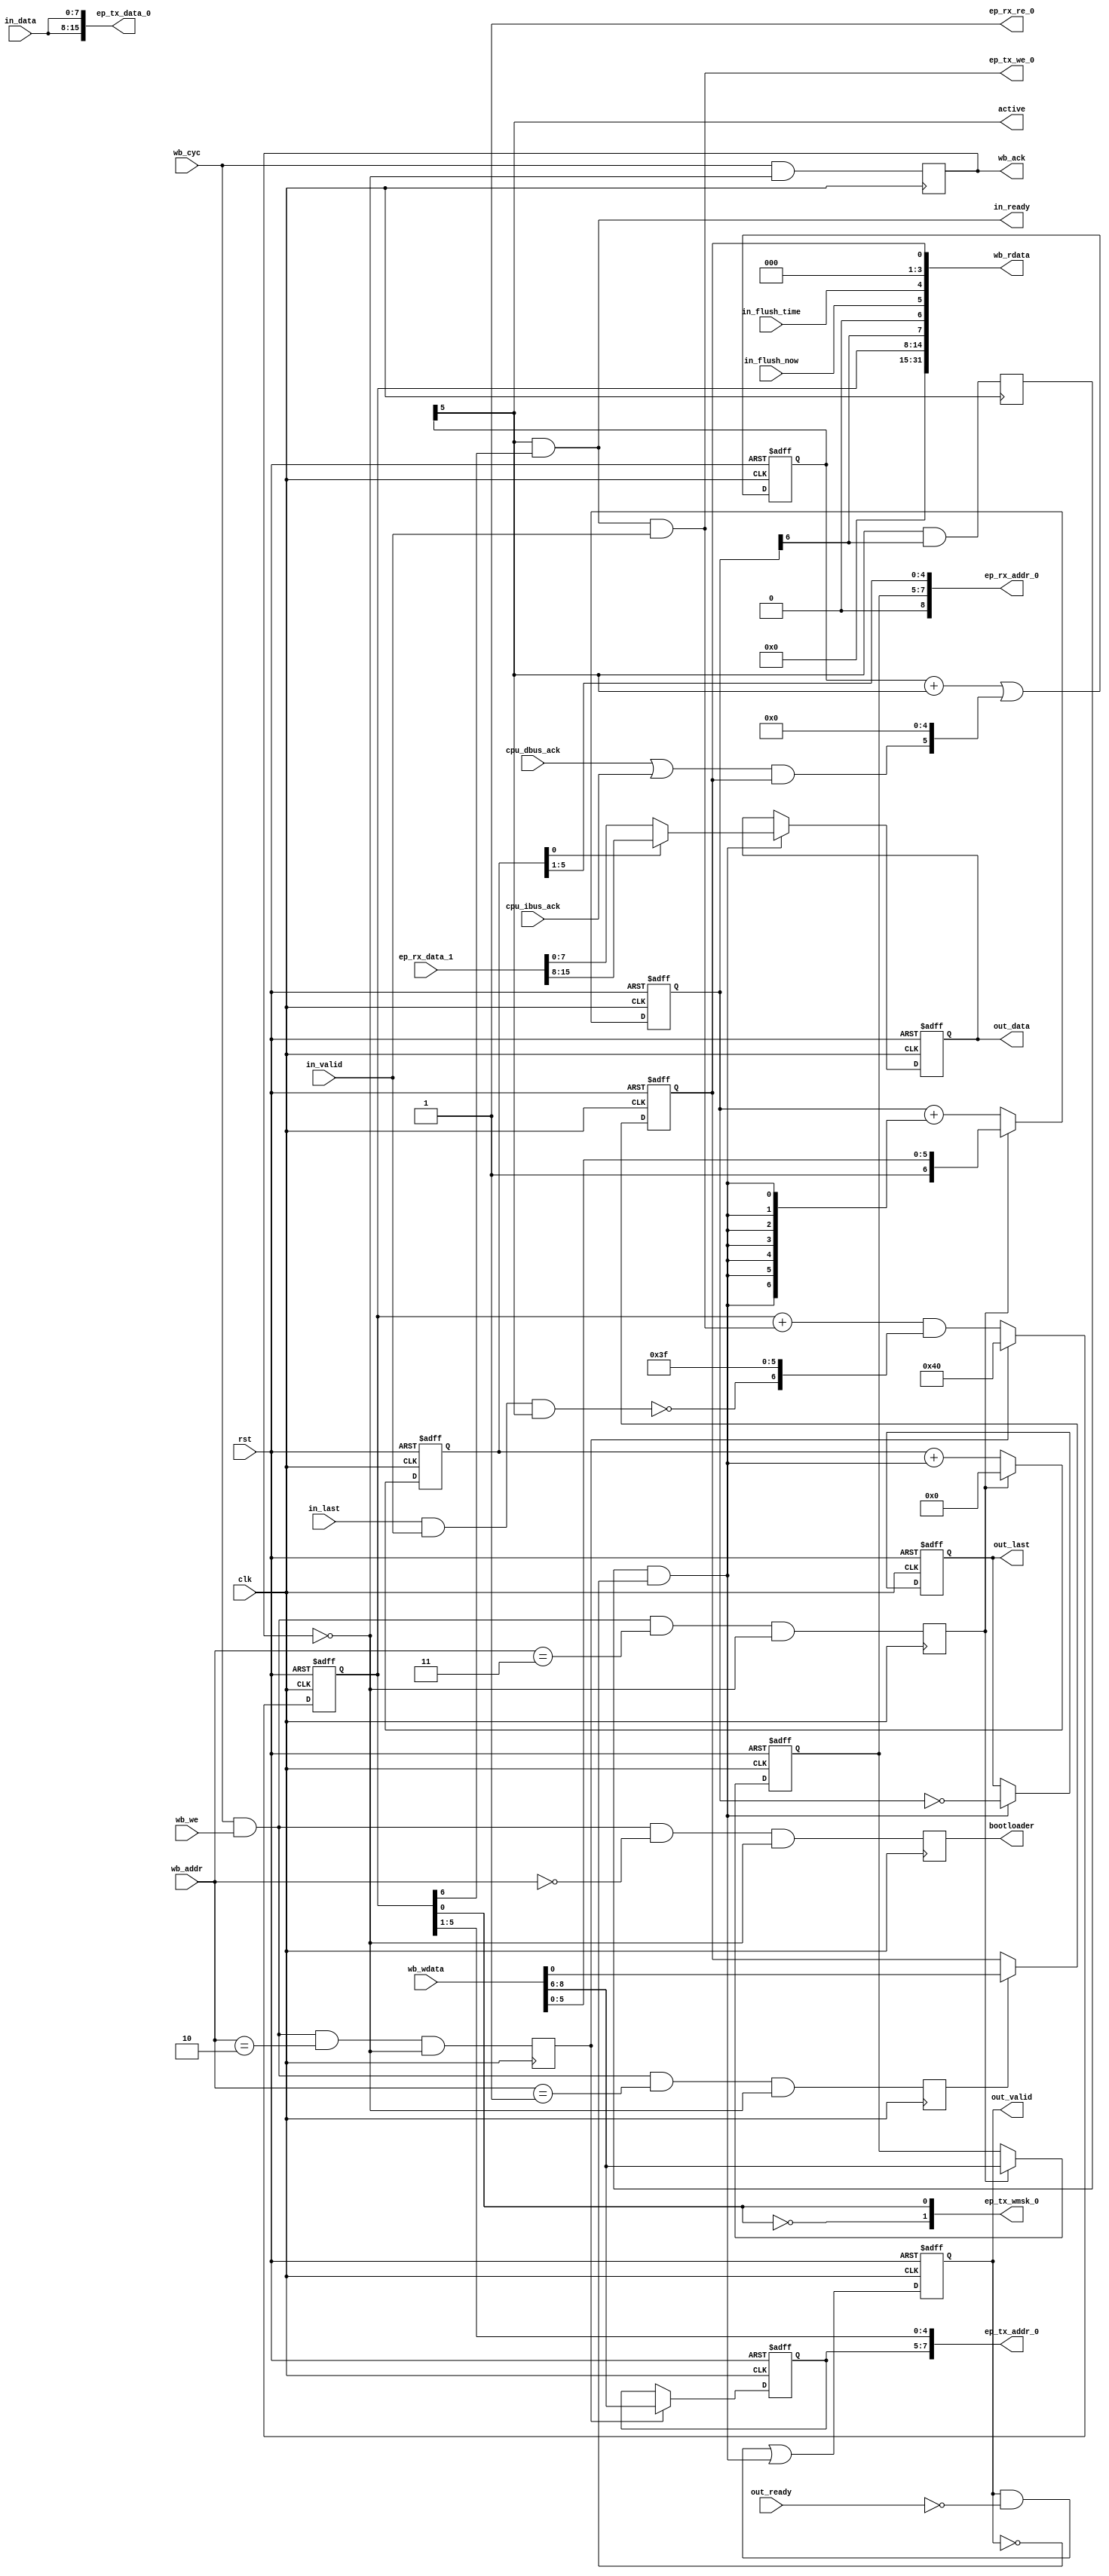
/*
 * extif.v
 *
 * vim: ts=4 sw=4
 *
 * External data interface, shuffling data between the EP buffers
 * and the user application and controlled by the CPU. (Mini-DMA)
 *
 * Copyright (C) 2021  Sylvain Munaut <tnt@246tNt.com>
 * SPDX-License-Identifier: CERN-OHL-P-2.0
 */

`default_nettype none

module extif (
	// Data IF
	input  wire  [7:0] in_data,
	input  wire        in_last,
	input  wire        in_valid,
	output wire        in_ready,
	input  wire        in_flush_now,
	input  wire        in_flush_time,

    output reg   [7:0] out_data,
	output reg         out_last,
	output reg         out_valid,
	input  wire        out_ready,

	// Wishbone
	input  wire  [1:0] wb_addr,
	output wire [31:0] wb_rdata,
	input  wire [31:0] wb_wdata,
	input  wire        wb_we,
	input  wire        wb_cyc,
	output wire        wb_ack,

	// EP buffer interface
	output wire [ 7:0] ep_tx_addr_0,
	output wire [15:0] ep_tx_data_0,
	output wire [ 1:0] ep_tx_wmsk_0,
	output wire        ep_tx_we_0,

	output wire  [8:0] ep_rx_addr_0,
	input  wire [15:0] ep_rx_data_1,
	output wire        ep_rx_re_0,

	// Misc
	input  wire        cpu_ibus_ack,
	input  wire        cpu_dbus_ack,
	output wire        active,

	output wire        bootloader,

	// Clock
	input  wire        clk,
	input  wire        rst
);

	// Signals
	// -------

	// Status
	wire [31:0] csr;

	// Active timer
	(* keep *)
	wire        trig;
	reg         ena;
	reg   [5:0] active_cnt;

	// Bus interface
	reg         b_ack;

	(* keep *)
	wire        b_we_pre;
	reg         b_we_boot;
	reg         b_we_csr;
	reg         b_we_in;
	reg         b_we_out;

	// IN
	reg   [2:0] in_msb;
	reg   [6:0] in_bcnt;
	wire  [6:0] in_inc;
	wire        in_end;
	wire        in_we;

	// OUT
	reg   [2:0] out_msb;
	reg   [5:0] out_lsb;
	reg   [6:0] out_cnt;
	wire        out_filled;

	(* keep *)
	wire        out_load;
	reg         out_did_read;


	// Active timer
	// ------------

	// Activate for 32 cycles after each dbus or ibus ack
	// (due to SERV arch, we _know_ there won't be any CPU access and
	//  we can freely access the EPs buffer without conflict)

	assign trig = (cpu_dbus_ack | cpu_ibus_ack) & ena;

	always @(posedge clk or posedge rst)
	begin
		if (rst)
			active_cnt <= 0;
		else
			active_cnt <= (active_cnt + {5'd0, active}) | { trig, 5'd0 };
	end

	assign active = active_cnt[5];

	// Bus interface

		// Ack
	always @(posedge clk)
		b_ack <= wb_cyc & ~b_ack;

	assign wb_ack = b_ack;

		// Write Strobes
	assign b_we_pre = wb_cyc & wb_we;

	always @(posedge clk)
	begin
		b_we_boot <= b_we_pre & (wb_addr == 2'b00) & ~b_ack;
		b_we_csr  <= b_we_pre & (wb_addr == 2'b01) & ~b_ack;
		b_we_in   <= b_we_pre & (wb_addr == 2'b10) & ~b_ack;
		b_we_out  <= b_we_pre & (wb_addr == 2'b11) & ~b_ack;
	end

		// Read data
	assign wb_rdata = csr;

	// Bootloader request
	assign bootloader = b_we_boot;

	// Global CSR
	always @(posedge clk or posedge rst)
		if (rst)
			ena <= 1'b0;
		else if (b_we_csr)
			ena <= wb_wdata[0];

	assign csr = {
		// [31:16]
		16'd0,

		// [15:8]
		1'b0,
		in_bcnt,

		// [7:4]
		out_filled,
		1'b0,
		in_flush_now,
		in_flush_time,

		// [3:0]
		3'd0,
		ena
	};


	// IN
	// --

	// Addressing: Set on CPU write, increment on write
	// (with special mask if in_last to end packet)
	always @(posedge clk or posedge rst)
	begin
		if (rst) begin
			in_msb  <= 3'b000;
			in_bcnt <= 7'h00;
		end else begin
			in_msb  <= b_we_in ? wb_wdata[8:6] : in_msb;
			in_bcnt <= b_we_in ? { 7'd64 } : (in_inc & { ~in_end, 6'd63 });
		end
	end

	assign in_end = in_last & in_valid & active;
	assign in_inc = in_bcnt + {6'd0, in_we};

	// Write when valid & ready
	assign in_we = in_ready & in_valid;

	// Ready when EIF is active (guaranteed no overlap with bus accesses)
	// and when we have a non-full buffer
	assign in_ready = active & in_bcnt[6];

	// EP TX for ExtIF IN
	assign ep_tx_addr_0 = { in_msb, in_bcnt[5:1] };
	assign ep_tx_data_0 = { in_data, in_data };
	assign ep_tx_wmsk_0 = { ~in_bcnt[0], in_bcnt[0] };
	assign ep_tx_we_0   = in_we;


	// OUT
	// ---

	// Addressing+Len: Set on CPU write, adjust on load
	always @(posedge clk or posedge rst)
	begin
		if (rst) begin
			out_msb  <= 3'b000;
			out_lsb  <= 6'h00;
			out_cnt  <= 7'h00;
		end else begin
			out_msb  <= b_we_out ? wb_wdata[8:6] : out_msb;
			out_lsb  <= b_we_out ? 6'h00 : (out_lsb + { 5'd0, out_load });
			out_cnt  <= b_we_out ? { 1'b1, wb_wdata[5:0] } : (out_cnt + {7{out_load}});
		end
	end

	assign out_filled = out_cnt[6];

	// Load when EIF was active last cycle (so we read a byte)
	// and the current is not valid
	always @(posedge clk)
		out_did_read <= active & out_filled;

	assign out_load = out_did_read & ~out_valid;

		// Data+valid register
	always @(posedge clk or posedge rst)
		if (rst) begin
			out_data  <= 8'h00;
			out_last  <= 1'b0;
		end else if (out_load) begin
			out_data  <= out_lsb[0] ? ep_rx_data_1[15:8] : ep_rx_data_1[7:0];
			out_last  <= (out_cnt[6:0] == 0);
		end

	always @(posedge clk or posedge rst)
		if (rst)
			out_valid <= 1'b0;
		else
			out_valid <= (out_valid & ~out_ready) | out_load;

	// EP RX For ExtIF OUT
	assign ep_rx_addr_0 = { out_msb, out_lsb[5:1] };
	assign ep_rx_re_0 = 1'b1;

endmodule // extif